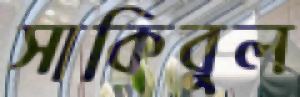
সাকিবুল